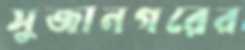
সুজানগরের